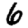
Digit: 6